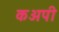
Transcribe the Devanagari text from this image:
कअपी